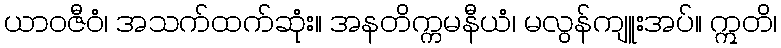
ယာဝဇီဝံ၊ အသက်ထက်ဆုံး။ အနတိက္ကမနီယံ၊ မလွန်ကျူးအပ်။ ဣတိ၊